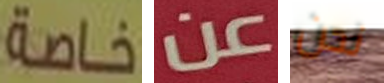
خاصة عن نحن